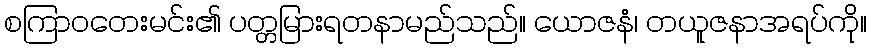
စကြာဝတေးမင်း၏ ပတ္တမြားရတနာမည်သည်။ ယောဇနံ၊ တယူဇနာအရပ်ကို။